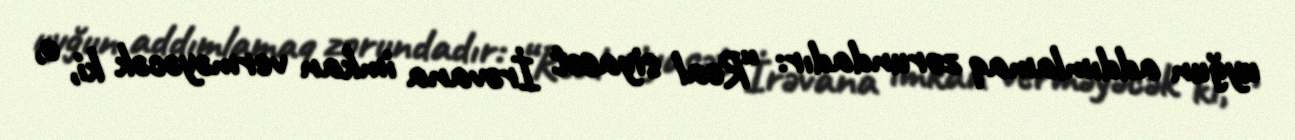
uyğun addımlamaq zorundadır: “Real siyasət İrəvana imkan verməyəcək ki, o,